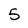
Character: 5